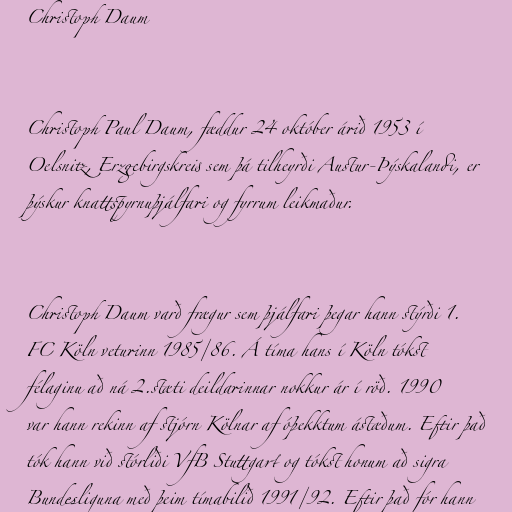
Christoph Daum

Christoph Paul Daum, fæddur 24 október árið 1953 í
Oelsnitz, Erzgebirgskreis sem þá tilheyrði Austur-Þýskalandi, er
þýskur knattspyrnuþjálfari og fyrrum leikmaður.

Christoph Daum varð frægur sem þjálfari þegar hann stýrði 1.
FC Köln veturinn 1985/86. Á tíma hans í Köln tókst
félaginu að ná 2.stæti deildarinnar nokkur ár í röð. 1990
var hann rekinn af stjórn Kölnar af óþekktum ástæðum. Eftir það
tók hann við stórliði VfB Stuttgart og tókst honum að sigra
Bundesliguna með þeim tímabilið 1991/92. Eftir það fór hann